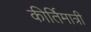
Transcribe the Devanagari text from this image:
कीर्तिमात्री